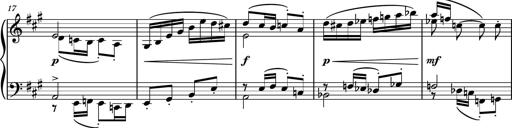
Title: Piano Sonatina No.6
Composer: Dimitri Sykias
Key: A major